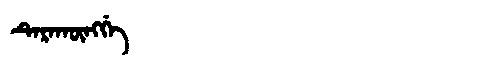
Manchu: ᡨᡝᡵᠠᡴᡡᠩᡤᡝ
Romanization: TERAKŪNGGE